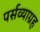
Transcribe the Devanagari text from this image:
पर्सव्याग्रह